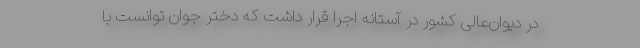
در دیوان‌عالی کشور در آستانه اجرا قرار داشت که دختر جوان توانست با